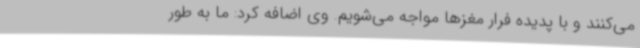
می‌کنند و با پدیده فرار مغزها مواجه می‌شویم. وی اضافه کرد: ما به طور